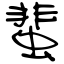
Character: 蜚